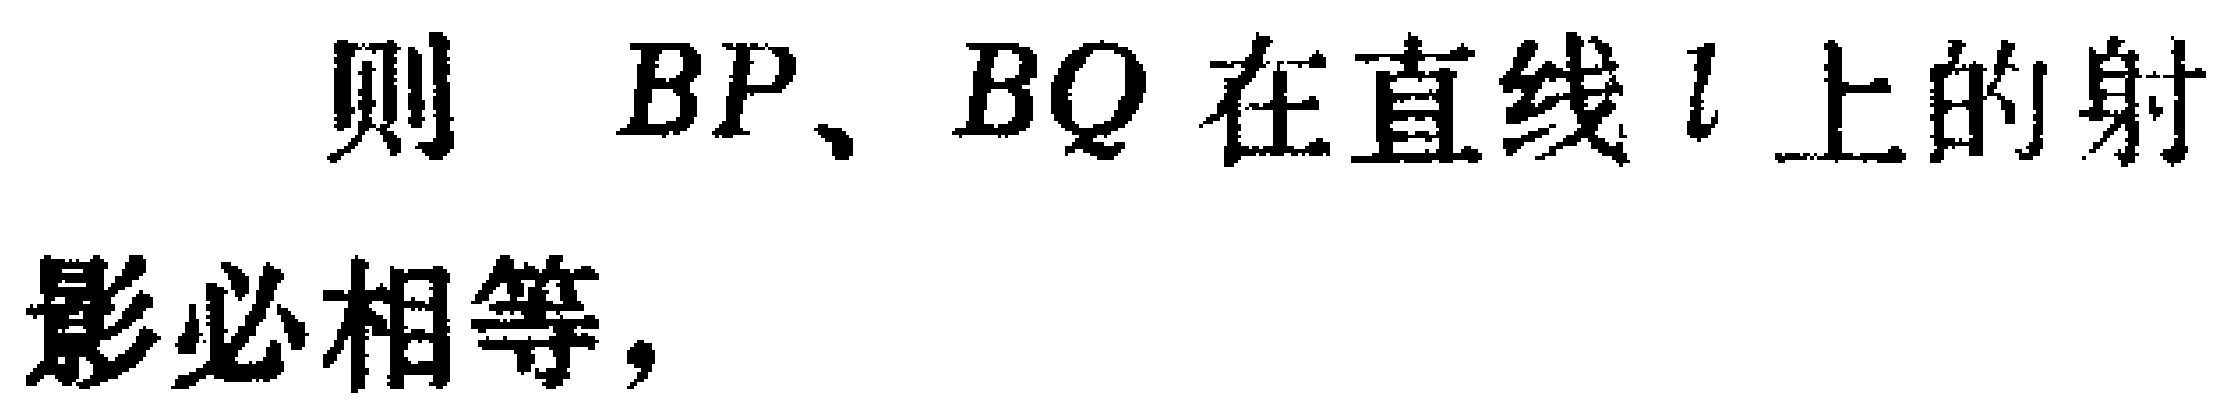
则 \(BP、BQ\) 在直线 \(l\) 上的射影必相等，